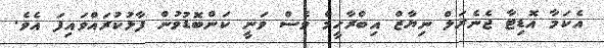
އެކަމާ އޮޑިޓާ ޖެނެރަލް ނިޔާޒް އިބްރާހީމް ވެސް ވަނީ ކަންބޮޑުވުން ފާޅުކުރައްވައިފަ އެވެ.